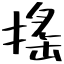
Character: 搖